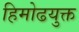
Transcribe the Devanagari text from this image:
हिमोढयुक्त